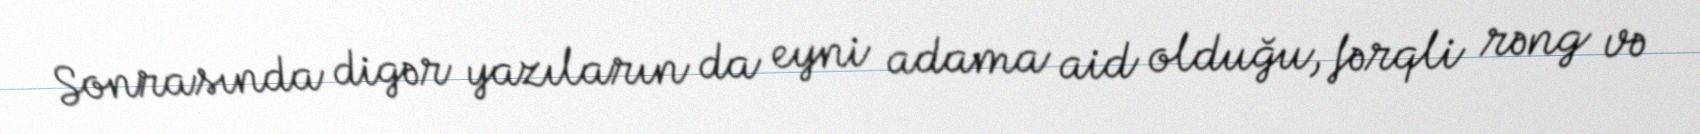
Sonrasında digər yazıların da eyni adama aid olduğu, fərqli rəng və